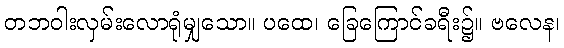
တဘဝါးလှမ်းလောရုံမျှသော။ ပထေ၊ ခြေကြောင်ခရီး၌။ ဗလေန၊